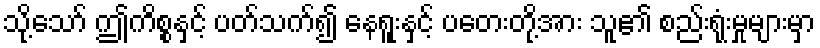
သို့သော် ဤကိစ္စနှင့် ပတ်သက်၍ နေရူးနှင့် ပတေးတို့အား သူ၏ စည်းရုံးမှုများမှာ